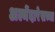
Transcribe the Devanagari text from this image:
अल्मेंदारेसच्या